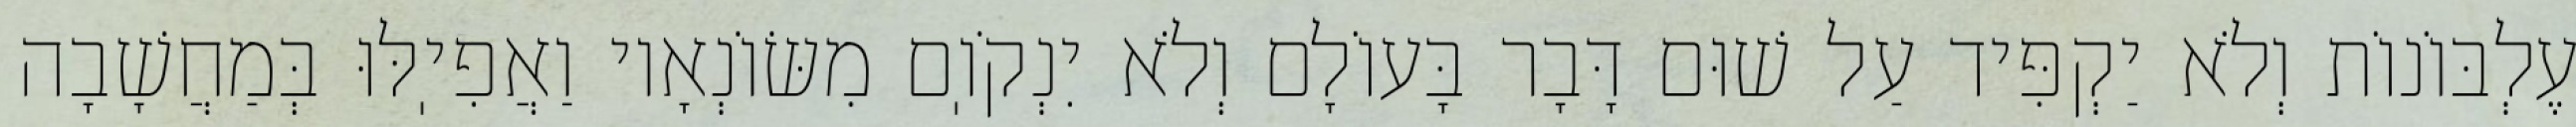
עֶלְבּוֹנוֹת וְלֹא יַקְפִּיד עַל שׁוּם דָּבָר בָּעוֹלָם וְלֹא יִנְקֹוֽם מִשּׂוֹנְאָיו וַאֲפִיֽלּוּ בְּמַחֲשָׁבָה